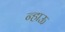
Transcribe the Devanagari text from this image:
न्हाऊ